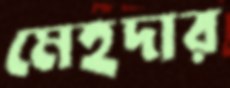
মেহদার